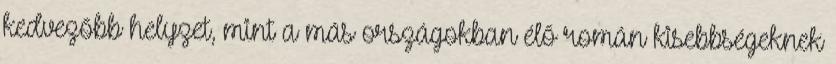
kedvezőbb helyzet, mint a más országokban élő román kisebbségeknek